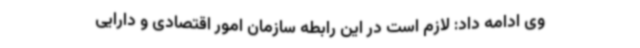
وی ادامه داد: لازم است در این رابطه سازمان امور اقتصادی و دارایی